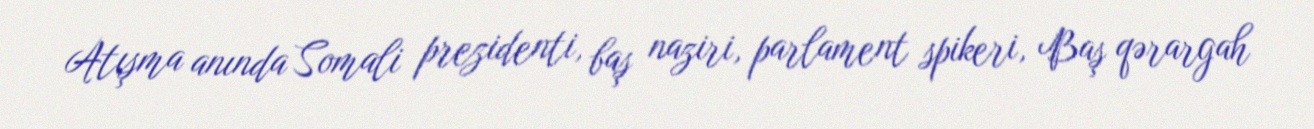
Atışma anında Somali prezidenti, baş naziri, parlament spikeri, Baş qərargah